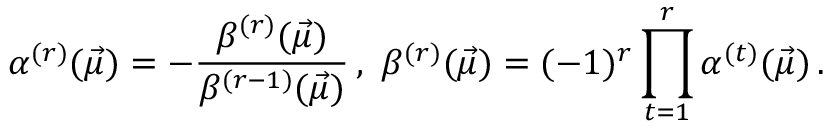
\alpha ^ { ( r ) } ( \vec { \mu } ) = - \frac { \beta ^ { ( r ) } ( \vec { \mu } ) } { \beta ^ { ( r - 1 ) } ( \vec { \mu } ) } \, , \, \, \beta ^ { ( r ) } ( \vec { \mu } ) = ( - 1 ) ^ { r } \prod _ { t = 1 } ^ { r } \alpha ^ { ( t ) } ( \vec { \mu } ) \, .